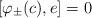
LaTeX: \begin{align*}[\varphi_\pm(c),e]=0 \end{align*}